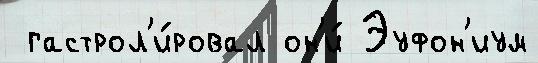
 гастрол'и́ровал он'и́ Эуфон'иум